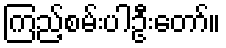
ကြည့်စမ်းပါဦးတော်။